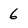
Character: 6